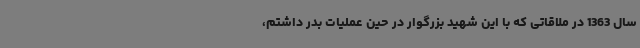
سال 1363 در ملاقاتی که با این شهید بزرگوار در حین عملیات بدر داشتم،